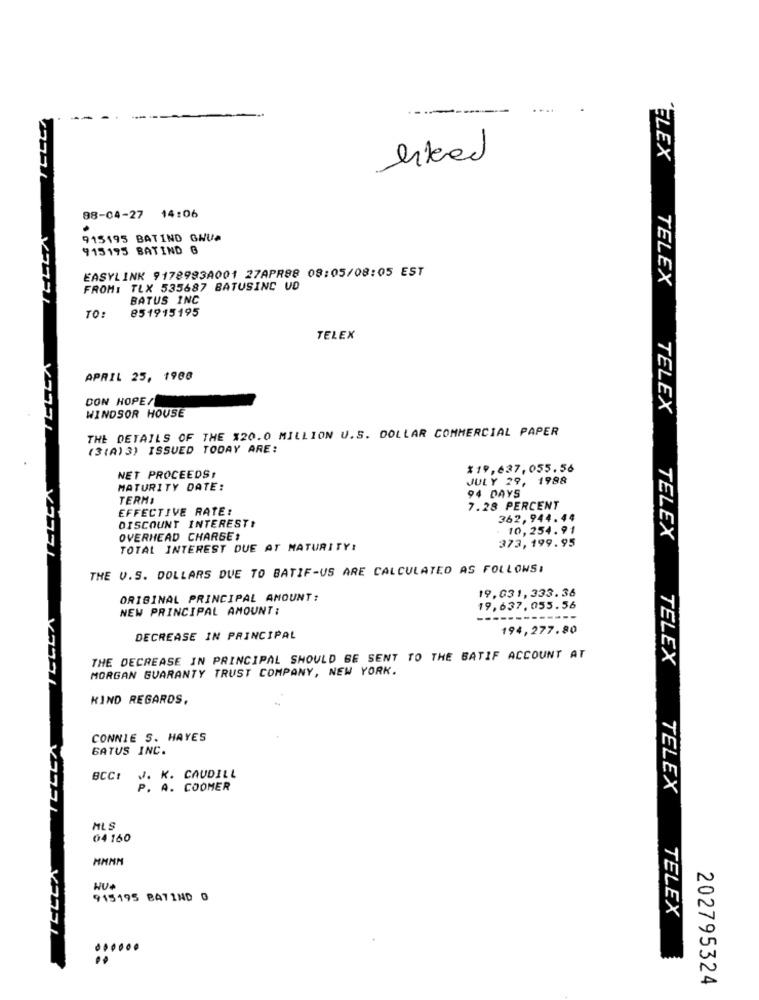
bleed
ELEX
88-04-27 14:06
915195 BATIND GHUA
915195 BATIND G
EASYLINK 9178983A001 27APR88 08:05/08:05 EST
FROM: TLX 535687 BATUSING UD
TELEX
BATUS INC
851915195
TO:
TELEX
APRIL 25, 1988
DON HOPE/
WINDSOR HOUSE
TELEX
THE DETAILS OF THE $20.0 MILLION U.S. DOLLAR COMMERCIAL PAPER
(3(A) 3) ISSUED TODAY ARE:
%19,637,055.56
NET PROCEEDS,
JULY 29, 1988
MATURITY DATE:
TERM:
94 DAYS
EFFECTIVE RATE:
7.28 PERCENT
DISCOUNT INTEREST!
362,944.44
. 10,254.91
OVERHEAD CHARGE,
TOTAL INTEREST DUE AT MATURITY!
373, 199.95
TELEX
THE V.S. DOLLARS DUE TO BATIF-US ARE CALCULATED AS FOLLOWS:
19,831,333.36
ORIGINAL PRINCIPAL AMOUNT:
NEW PRINCIPAL AMOUNT :
19,637, 055.56
194, 277.80
DECREASE IN PRINCIPAL
THE DECREASE IN PRINCIPAL SHOULD BE SENT TO THE BATIF ACCOUNT AT
MORGAN GUARANTY TRUST COMPANY, NEW YORK.
TELEX
KIND REGARDS,
CONNIE S. HAYES
GATUS INC.
BCC:
V. K. CAUDILL
P. A. COOMER
TELEX
MLS
04 160
MMMM
915195 BA71ND 0
TELEX
......
202795324